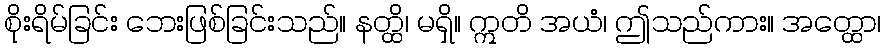
စိုးရိမ်ခြင်း ဘေးဖြစ်ခြင်းသည်။ နတ္ထိ၊ မရှိ။ ဣတိ အယံ၊ ဤသည်ကား။ အတ္ထော၊